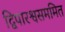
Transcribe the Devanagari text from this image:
द्विपारश्वसममित